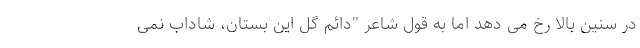
در سنین بالا رخ می دهد اما به قول شاعر "دائم گل این بستان، شاداب نمی